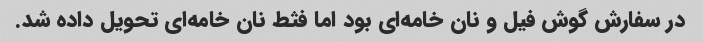
در سفارش گوش فیل و نان خامه‌ای بود اما فثط نان خامه‌ای تحویل داده شد.